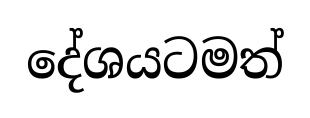
දේශයටමත්